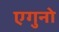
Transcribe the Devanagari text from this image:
एगुनो